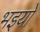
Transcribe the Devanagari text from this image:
भइयो